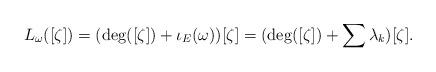
LaTeX: \begin{align*} L_{\omega}([\zeta]) = (\deg ([\zeta]) + \iota_{E}(\omega))[\zeta] = (\deg ([\zeta]) + \sum \lambda_{k})[\zeta].\end{align*}